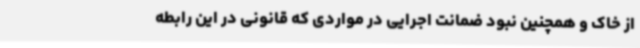
از خاک و همچنین نبود ضمانت اجرایی در مواردی که قانونی در این رابطه